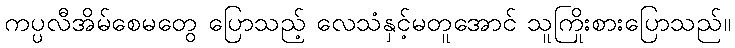
ကပ္ပလီအိမ်စေမတွေ ပြောသည့် လေသံနှင့်မတူအောင် သူကြိုးစားပြောသည်။